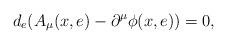
LaTeX: \begin{align*}d_{e}(A_{\mu}(x,e)-\partial^{\mu}\phi(x,e))=0,\end{align*}